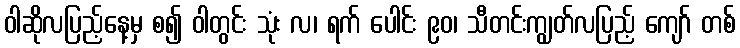
ဝါဆိုလပြည့်နေ့မှ စ၍ ဝါတွင်း သုံး လ၊ ရက် ပေါင်း ၉၀၊ သီတင်းကျွတ်လပြည့် ကျော် တစ်